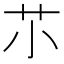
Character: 䒕